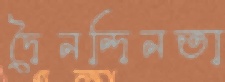
দৈনন্দিনতা